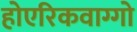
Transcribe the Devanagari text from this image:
होएरिकवाग्गो